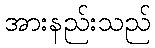
အားနည်းသည်